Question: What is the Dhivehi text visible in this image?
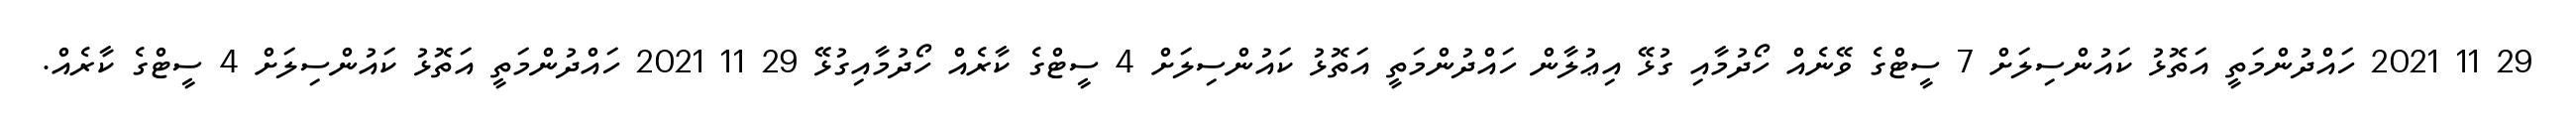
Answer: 29 11 2021 ހައްދުންމަތީ އަތޮޅު ކައުންސިލަށް 7 ސީޓްގެ ވޭނެއް ހޯދުމާއި ގުޅޭ އިޢުލާން ހައްދުންމަތީ އަތޮޅު ކައުންސިލަށް 4 ސީޓްގެ ކާރެއް ހޯދުމާއިގުޅޭ 29 11 2021 ހައްދުންމަތީ އަތޮޅު ކައުންސިލަށް 4 ސީޓްގެ ކާރެއް.